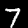
Digit: 7